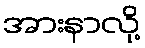
အားနာလို့